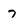
Character: 7